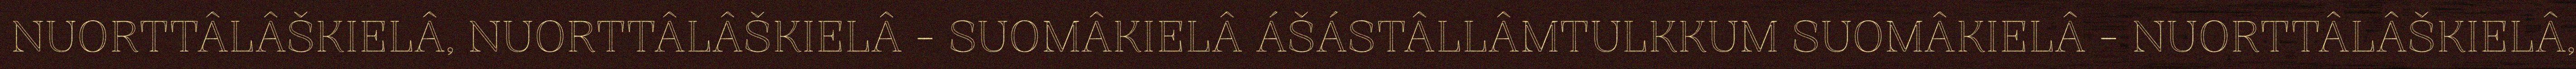
NUORTTÂLÂŠKIELÂ, NUORTTÂLÂŠKIELÂ - SUOMÂKIELÂ ÁŠÁSTÂLLÂMTULKKUM SUOMÂKIELÂ - NUORTTÂLÂŠKIELÂ,